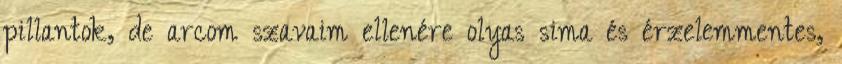
pillantok, de arcom szavaim ellenére olyas sima és érzelemmentes,